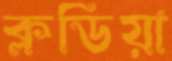
ক্লডিয়া